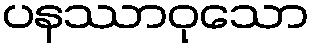
ပနဿာဝုသော